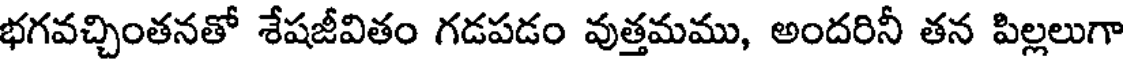
భగవచ్చింతనతో శేషజీవితం గడపడం వుత్తమము, అందరినీ తన పిల్లలుగా